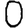
Digit: 0